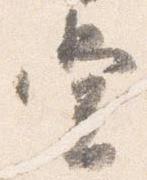
堂